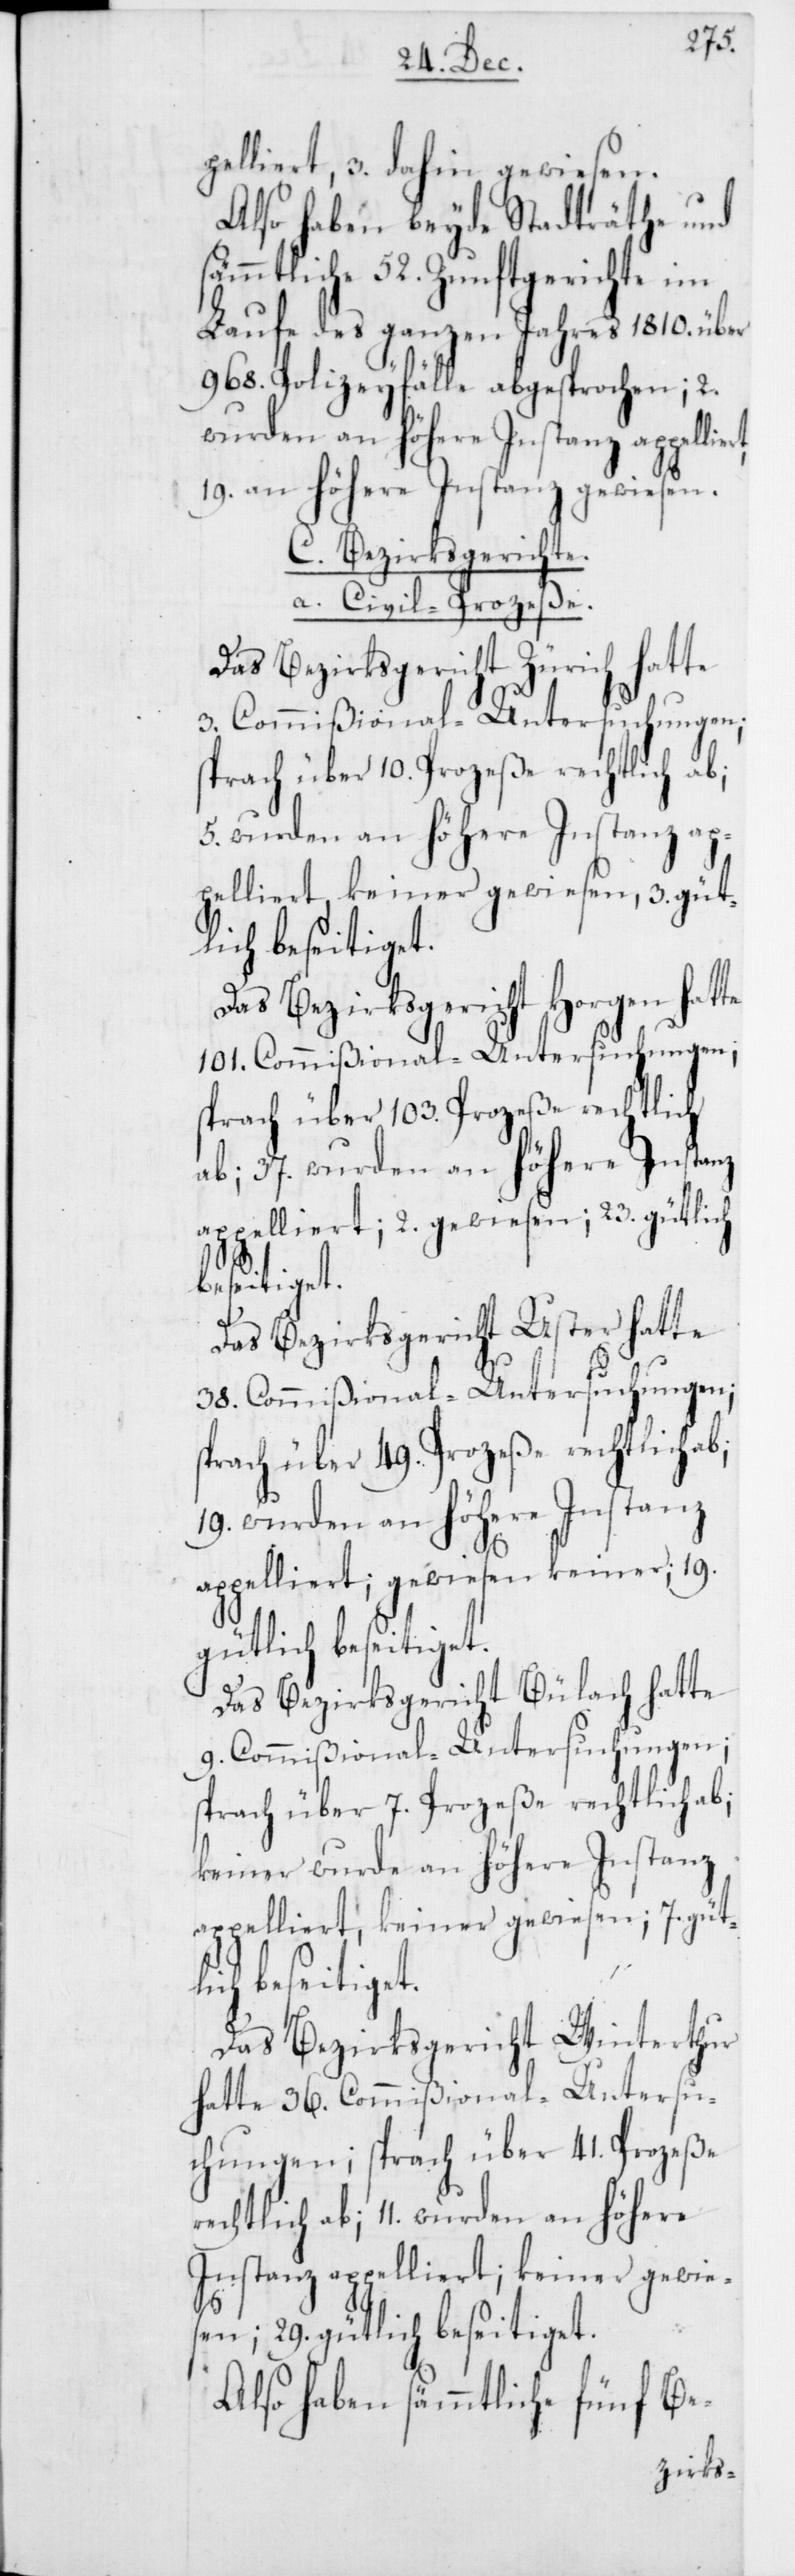
pelliert, 3. dahin gewiesen.
Also haben beyde Stadträthe und
sämmtliche 52. Zunftgerichte im
Laufe des ganzen Jahres 1810. über
968. Polizeyfälle abgesprochen; 2.
wurden an höhere Instanz appel¬
19. an höhere Instanz gewiesen.
C. Bezirksgerichte.
a. Civil-Prozeße.
Das Bezirksgericht Zürich hatte
3. Commißional-Untersuchungen;
sprach über 49. Prozeße rechtlich ab;
5. wurden an höhere Instanz ap¬
pelliert, keiner gewiesen, 3. güt¬
lich beseitiget.
Das Bezirksgericht Horgen hatte
101. Commißional-Untersuchungen;
sprach über 103. Prozeße rechtlich
ab; 37. wurden an höhere Instanz
appelliert; 2. gewiesen; 23. gütlich
beseitiget.
Das Bezirksgericht Uster hatte
38. Commißional-Untersuchungen;
19. wurden an höhere Instanz
appelliert; gewiesen keiner; 19.
gütlich beseitiget.
Das Bezirksgericht Bülach hatte
9. Commißional-Untersuchungen;
sprach über 7. Prozeße rechtlich ab;
keiner wurde an höhere Instanz
appelliert, keiner gewiesen; 7. gütl¬
ich beseitiget.
Das Bezirksgericht Winterthur
hatte 36. Commißional-Untersu¬
chungen; sprach über 41. Prozeße
rechtlich ab; 11. wurden an höhere
Instanz appelliert; keiner gewie¬
sen; 29. gütlich beseitiget.
Also haben sämmtliche fünf Be-